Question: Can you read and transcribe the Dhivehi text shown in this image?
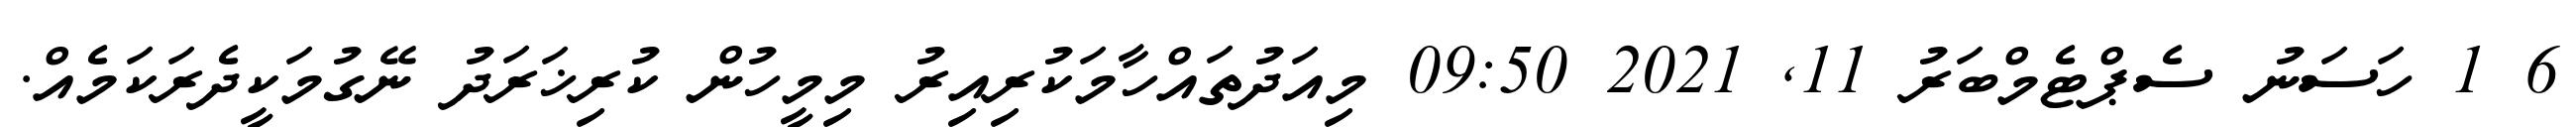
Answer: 6 1 ހަސަނު ސެޕްޓެމްބަރު 11, 2021 09:50 މިއަދުތައްހާމަކުރިއިރު މިމީހުން ކުރިޚަރަދު ނޭގުމަކީދެރަކަމެއް.